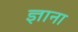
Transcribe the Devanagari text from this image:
ज्ञाना